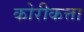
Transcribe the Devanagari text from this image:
कोरीकत्ता